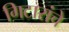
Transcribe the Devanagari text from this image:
गिटारांचे